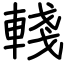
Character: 輚